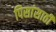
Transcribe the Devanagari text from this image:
पिसांसाठी